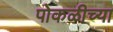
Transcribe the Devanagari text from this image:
पोकळीच्‍या